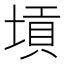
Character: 𡎴